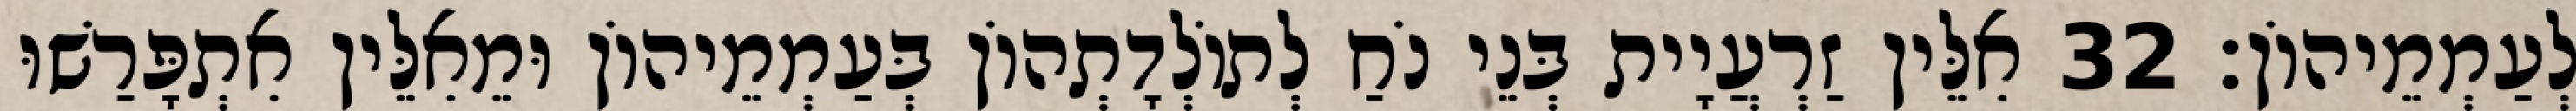
לְעַמְמֵיהוֹן׃ 32 אִלֵּין זַרְעֲיָית בְּנֵי נֹחַ לְתוֹלְדָתְהוֹן בְּעַמְמֵיהוֹן וּמֵאִלֵּין אִתְפָּרַשׁוּ